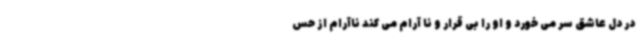
در دل عاشق سر می خورد و او را بی قرار و نا آرام می کند ناآرام از حس